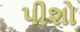
પીશો